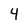
Character: 4